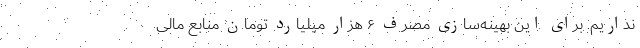
نداریم. برای این بهینه‌سازی مصرف ۶ هزار میلیارد تومان منابع مالی